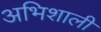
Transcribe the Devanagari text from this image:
अभिशाली